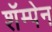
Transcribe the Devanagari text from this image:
शॅम्पेन